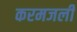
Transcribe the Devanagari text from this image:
करमजली